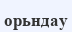
орьндау